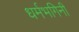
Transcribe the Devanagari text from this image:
धर्मभगिनी